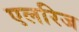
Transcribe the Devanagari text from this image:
एलरिज